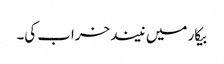
بیکار میں نیند خراب کی۔